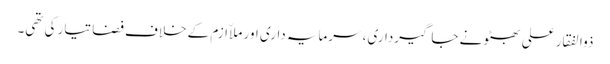
ذوالفقار علی بھٹو نے جاگیرداری، سرمایہ داری اور ملاّ ازم کے خلاف فضا تیار کی تھی۔